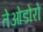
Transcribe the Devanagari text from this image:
तेओडोरो